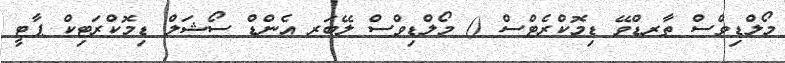
މޯލްޑިވްސް ތާރޑްވޭ ޑިމޮކްރެޓްސް () މޯލްޑިވްސް ލޭބަރ އެންޑް ސޯޝަލް ޑިމޮކްރަޓިކް ޕާޓީ